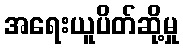
အရေးယူပိတ်ဆို့မှု